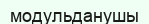
модульданушы